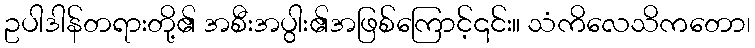
ဥပါဒါန်တရားတို့၏ အစီးအပွါး၏အဖြစ်ကြောင့်၎င်း။ သံကိလေသိကတော၊